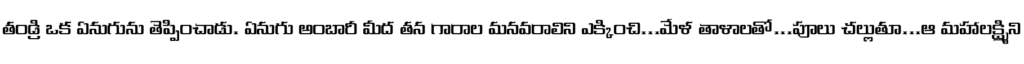
తండ్రి ఒక ఏనుగును తెప్పించాడు. ఏనుగు అంబారీ మీద తన గారాల మనవరాలిని ఎక్కించి...మేళ తాళాలతో...పూలు చల్లుతూ...ఆ మహాలక్ష్మిని